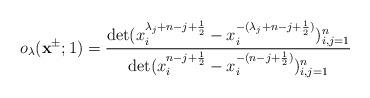
LaTeX: \begin{align*}o_\lambda(\mathbf{x}^{\pm};1)=\frac{\det(x^{\lambda_j+n-j+\frac{1}{2}}_i-x^{-(\lambda_j+n-j+\frac{1}{2})}_i)^{n}_{i,j=1}}{\det(x^{n-j+\frac{1}{2}}_i-x^{-(n-j+\frac{1}{2})}_i)^{n}_{i,j=1}}\end{align*}